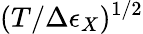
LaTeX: (T/\Delta\epsilon_{X})^{1/2}